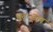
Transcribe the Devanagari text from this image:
चट््टान